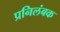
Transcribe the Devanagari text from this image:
प्रनिलंबक